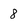
Character: 8